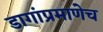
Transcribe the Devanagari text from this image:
डागांप्रमाणेच